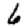
Digit: 6